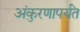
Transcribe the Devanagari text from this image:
अंकुरणापर्यंत